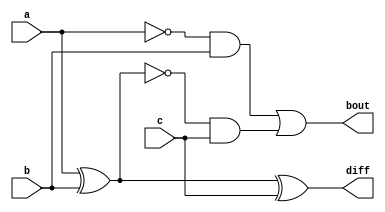
module fullSubtractor (a, b, c, bout, diff); //define the variables
input a, b, c; //inputs
output bout, diff; //outputs
	assign bout = ((~a)&b) | (~(a^b)&c); //equation for bout
	assign diff = a ^ b ^ c;//eqaution for diff
endmodule